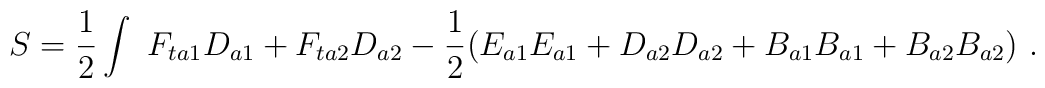
S = \frac{1}{2} \int \ F_{ta1}D_{a1} + F_{ta2}D_{a2} - \frac{1}{2}(E_{a1}E_{a1} + D_{a2}D_{a2} + B_{a1}B_{a1} + B_{a2}B_{a2}) \ .